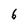
Character: 6